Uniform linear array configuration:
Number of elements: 16
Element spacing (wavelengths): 1
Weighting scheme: uniform
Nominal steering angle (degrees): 15
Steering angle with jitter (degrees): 13.441
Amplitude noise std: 0.05
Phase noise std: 0.05

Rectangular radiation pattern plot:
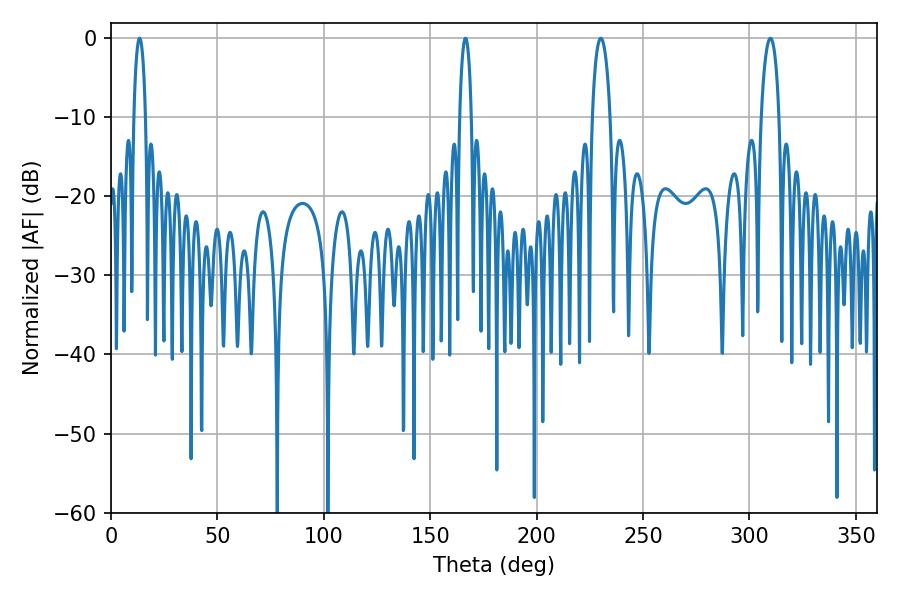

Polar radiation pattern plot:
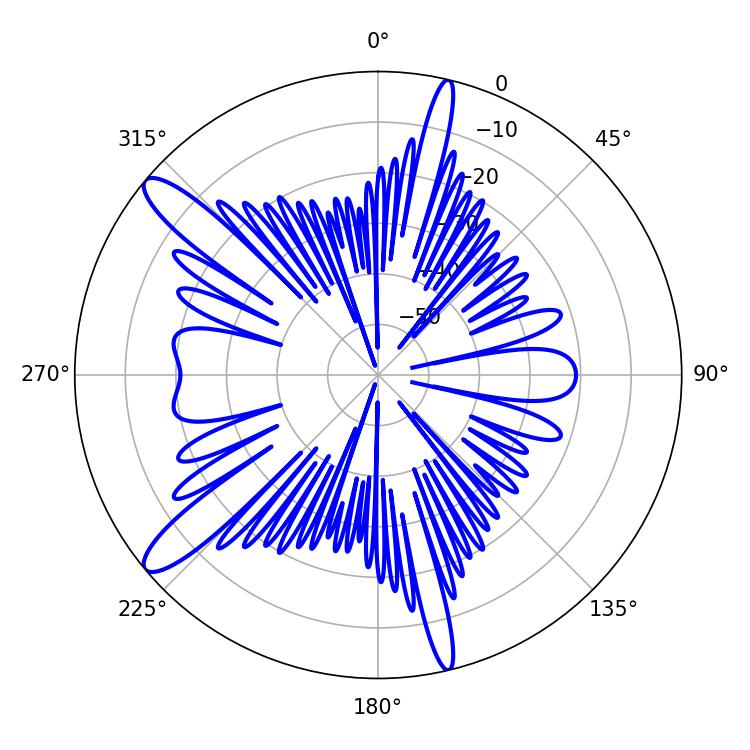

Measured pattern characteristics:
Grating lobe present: TRUE
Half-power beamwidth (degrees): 4.68
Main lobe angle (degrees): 309.78